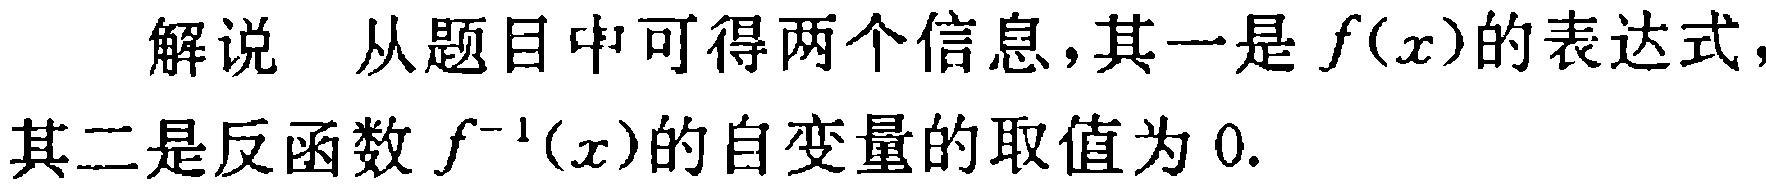
解说 从题目中可得两个信息，其一是\(f(x)\)的表达式，其二是反函数\(f^{-1}(x)\)的自变量的取值为\(0\).